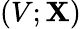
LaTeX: (V;\mathbf{X})